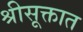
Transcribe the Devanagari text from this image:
श्रीसूक्तात